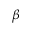
\beta